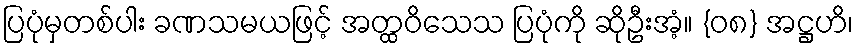
ပြပုံမှတစ်ပါး ခဏသမယဖြင့် အတ္ထဝိသေသ ပြပုံကို ဆိုဦးအံ့။ {၀၈} အဋ္ဌဟိ၊